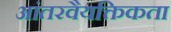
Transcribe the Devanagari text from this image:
आंतरवैयक्तिकता